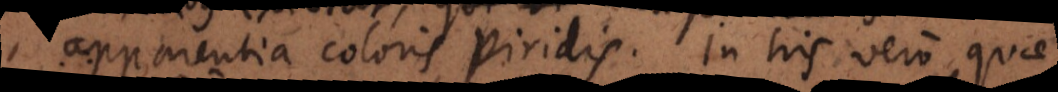
apparentia coloris viridis. In his vero quae